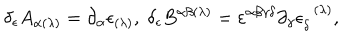
LaTeX: \delta _ { \epsilon } A _ { \alpha ( \lambda ) } = \partial _ { \alpha } \epsilon _ { ( \lambda ) } , \; \delta _ { \epsilon } B ^ { \alpha \beta ( \lambda ) } = \varepsilon ^ { \alpha \beta \gamma \delta } \partial _ { \gamma } \epsilon _ { \delta } ^ { \; \; ( \lambda ) } ,